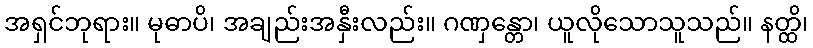
အရှင်ဘုရား။ မုဓာပိ၊ အချည်းအနှီးလည်း။ ဂဏှန္တော၊ ယူလိုသောသူသည်။ နတ္ထိ၊